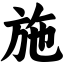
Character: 施